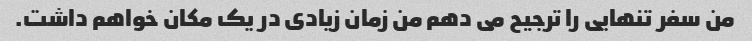
من سفر تنهایی را ترجیح می دهم من زمان زیادی در یک مکان خواهم داشت.